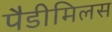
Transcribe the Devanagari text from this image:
पैडीमिलस